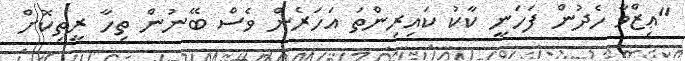
"ޢިޒްވާ ހެދުން ފަހަނީ ކާކު ކައިރިންތަ އަހަރެން ވެސް ބޭނުން ތިހާ ރީތިކޮށް